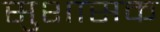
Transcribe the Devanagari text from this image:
सुशासक